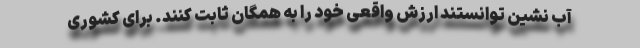
آب نشین توانستند ارزش واقعی خود را به همگان ثابت کنند. برای کشوری